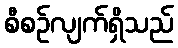
စီစဉ်လျက်ရှိသည်